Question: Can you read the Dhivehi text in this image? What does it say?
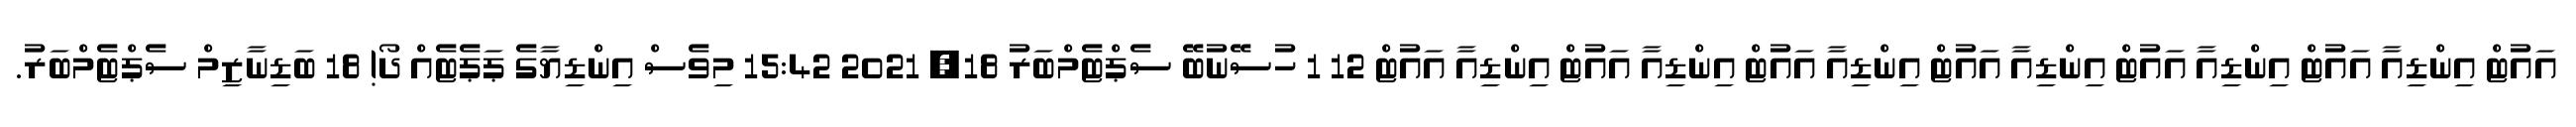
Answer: އައުޓް އިންޑިއާ އައުޓް އިންޑިއާ އައުޓް އިންޑިއާ އައުޓް އިންޑިއާ އައުޓް އިންޑިއާ އައުޓް އިންޑިއާ އައުޓް 12 1 ހުސޭނުބޭ ސެޕްޓެމްބަރު 18, 2021 15:42 މިވެސް އިންޑިޔާގެ ޕަޕެޓެއް ދޯ! 18 ބަޑިނާޒިމް ސެޕްޓެމްބަރު.